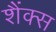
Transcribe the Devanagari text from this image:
शैंक्स